画像に写った文字を読んでください
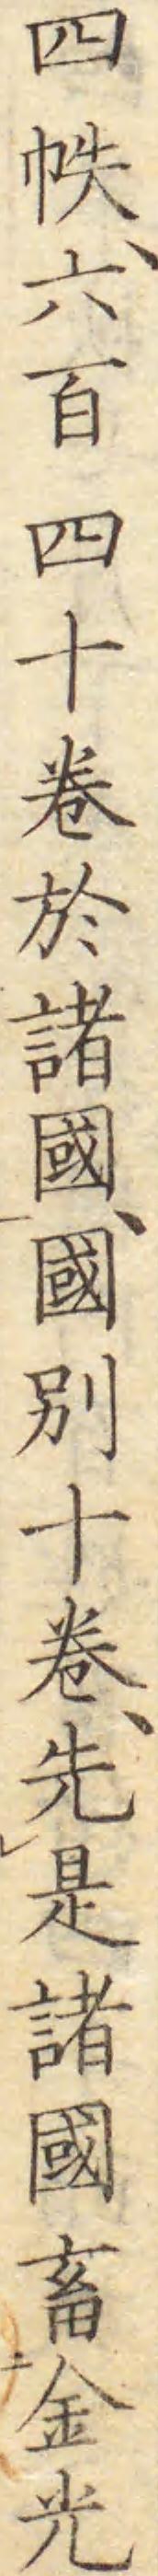
「四帙、六百四十卷於諸國、國別十卷、先是諸國畜金光」と書いてあります